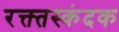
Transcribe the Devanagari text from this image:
रक्त्तस्कंदक